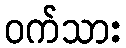
ဝက်သား